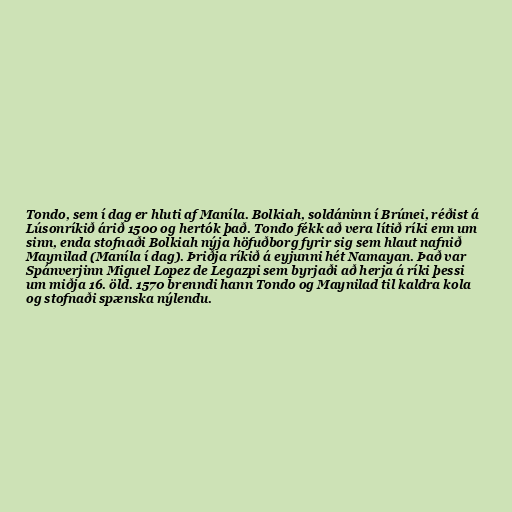
Tondo, sem í dag er hluti af Maníla. Bolkiah, soldáninn í Brúnei, réðist á
Lúsonríkið árið 1500 og hertók það. Tondo fékk að vera lítið ríki enn um
sinn, enda stofnaði Bolkiah nýja höfuðborg fyrir sig sem hlaut nafnið
Maynilad (Maníla í dag). Þriðja ríkið á eyjunni hét Namayan. Það var
Spánverjinn Miguel Lopez de Legazpi sem byrjaði að herja á ríki þessi
um miðja 16. öld. 1570 brenndi hann Tondo og Maynilad til kaldra kola
og stofnaði spænska nýlendu.